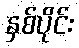
နှစ်ပိုင်း